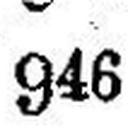
946